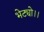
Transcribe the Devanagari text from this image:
भेट्यो।।